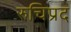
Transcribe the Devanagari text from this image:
रुचिप्रद